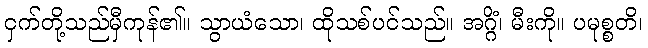
ငှက်တို့သည်မှီကုန်၏။ သွာယံသော၊ ထိုသစ်ပင်သည်။ အဂ္ဂိံ၊ မီးကို။ ပမုစ္စတိ၊